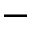
-